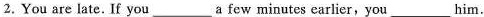
2. You are late. If you ___ a few minutes earlier, you ___ him.